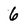
Character: 6